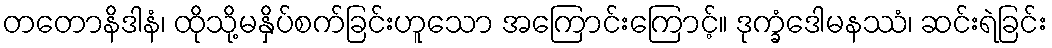
တတောနိဒါနံ၊ ထိုသို့မနှိပ်စက်ခြင်းဟူသော အကြောင်းကြောင့်။ ဒုက္ခံဒေါမနဿံ၊ ဆင်းရဲခြင်း